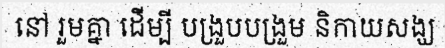
នៅ រួមគ្នា ដើម្បី បង្រួបបង្រួម និកាយសង្ឃ